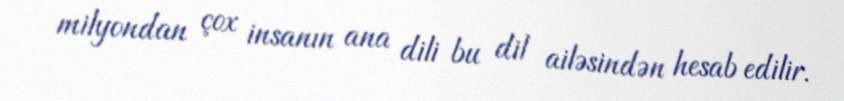
milyondan çox insanın ana dili bu dil ailəsindən hesab edilir.